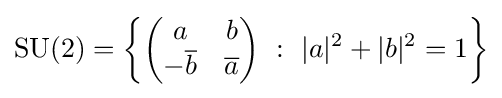
{\text{SU}}(2)=\left\{{\begin{pmatrix}a&b\\-{\overline {b}}&{\overline {a}}\end{pmatrix}}\ :\ |a|^{2}+|b|^{2}=1\right\}